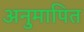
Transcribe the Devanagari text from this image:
अनुमापित